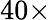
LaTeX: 40\times